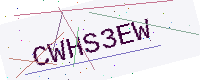
Text: CWHS3EW